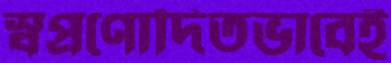
স্বপ্রণোদিতভাবেই